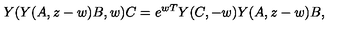
Y ( Y ( A , z - w ) B , w ) C = e ^ { w T } Y ( C , - w ) Y ( A , z - w ) B ,